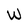
Character: W